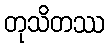
တုသိတဿ